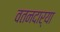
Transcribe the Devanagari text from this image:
वतनदार्‍या